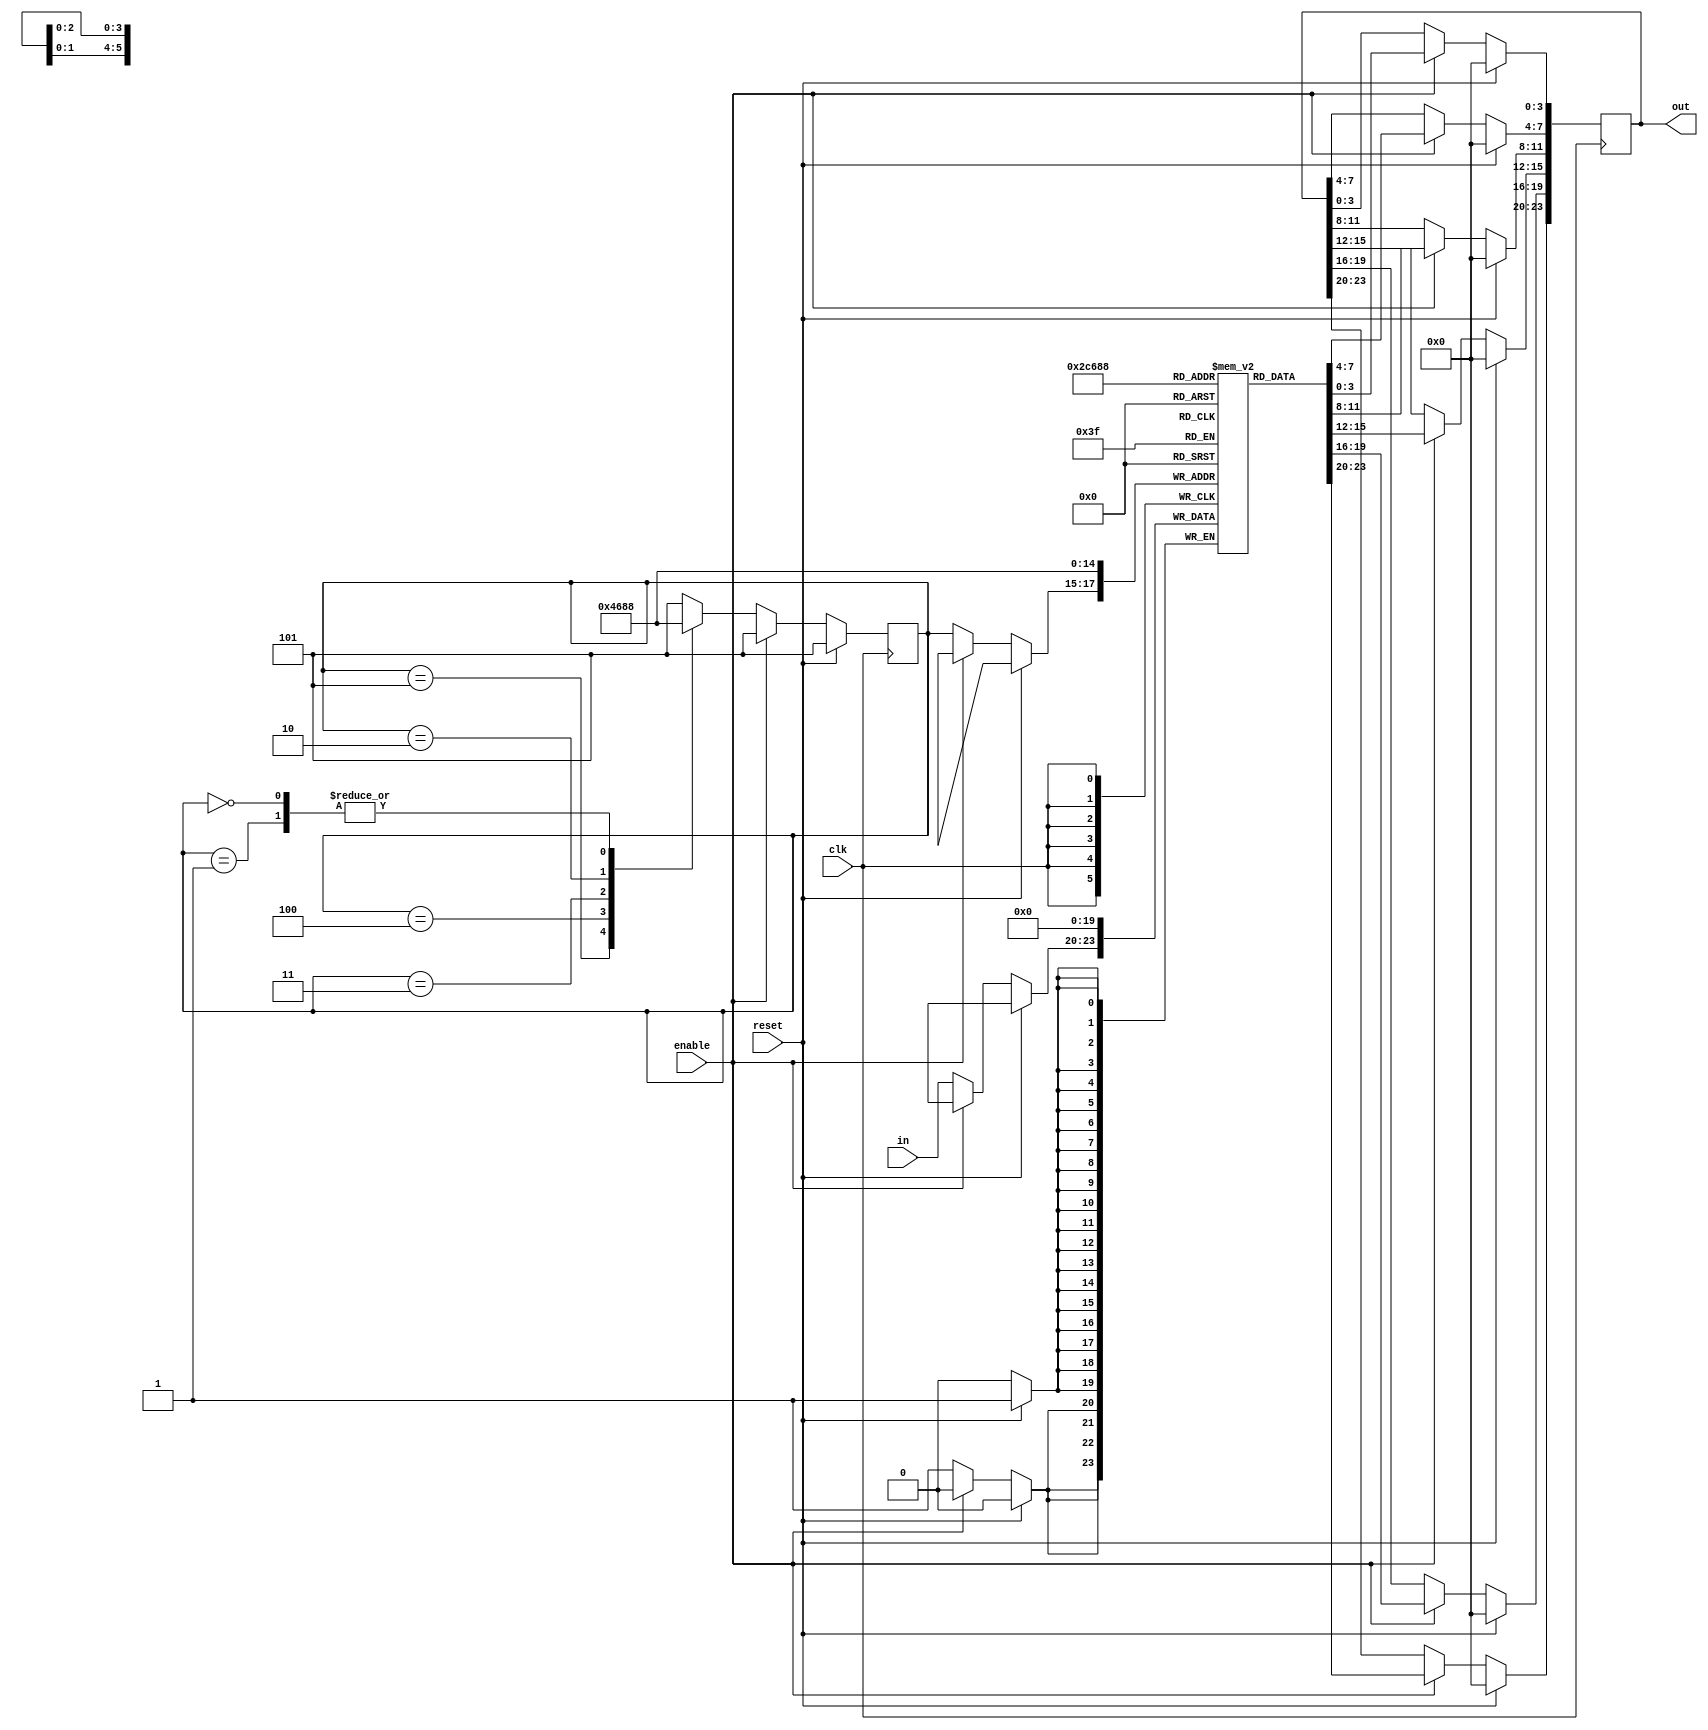
module unbuffer(in, out, clk, reset, enable);
  input [3:0] in;
  input reset, clk, enable;
  output reg [23:0] out;
  integer i;

  reg [2:0] ptr;
  reg [2:0] next_ptr;
  reg [3:0] store [5:0];

  always @(posedge clk) begin
    if (reset) begin
      out <= 0;
      ptr <= 5;
      for (i = 0; i < 5; i = i + 1) begin
        store[i] <= 4'b0000;
      end
    end else if (enable) begin
      out[23:20] <= store[5];
      out[19:16] <= store[4];
      out[15:12] <= store[3];
      out[11:8] <= store[2];
      out[7:4] <= store[1];
      out[3:0] <= store[0];
      ptr <= 5;
    end else begin
      store[ptr] <= in;
      ptr <= next_ptr;
    end
  end

  always @(*) begin
    case (ptr)
      3'd5 : begin next_ptr = 3'd4; end
      3'd4 : begin next_ptr = 3'd3; end
      3'd3 : begin next_ptr = 3'd2; end
      3'd2 : begin next_ptr = 3'd1; end
      3'd1 : begin next_ptr = 3'd0; end
      3'd0 : begin next_ptr = 3'd0; end
      default : begin next_ptr = 3'd5; end
    endcase
  end

endmodule